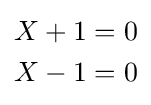
{\begin{aligned}X+1&=0\\X-1&=0\end{aligned}}